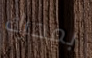
بمحرك